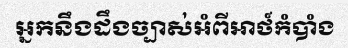
អ្នកនឹងដឹងច្បាស់អំពីអាថ៍កំបាំង